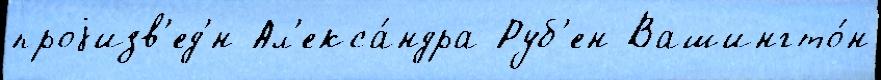
проjизв'ед'́н Ал'екса́ндра Руб'ен Вашингто́н